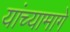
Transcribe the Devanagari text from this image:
यांच्यामागे